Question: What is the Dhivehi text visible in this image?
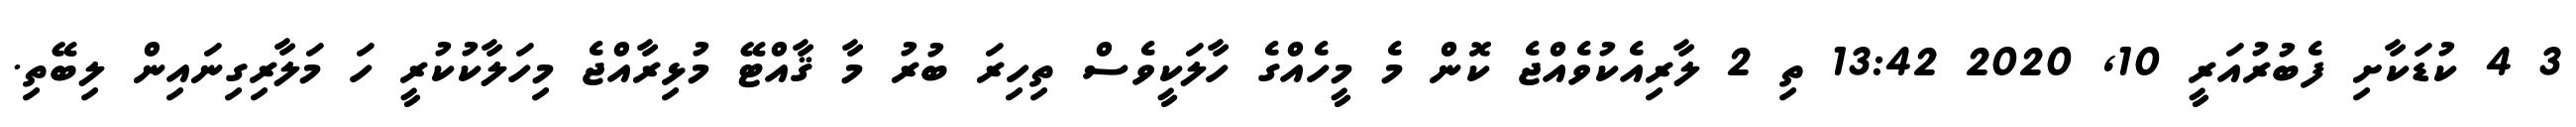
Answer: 3 4 ކުޑަކާށި ފެބުރުއަރީ 10, 2020 13:42 ތި 2 ލާރިއެކުވެއްޖެ ކޮން މެ މީހެއްގެ ހާލަކީވެސް ތިހިރަ ބުރު މާ ޤާއްޓޭ މުޅިރާއްޖެ މިހަލާކުކުރީ ހަ މަލާރިގިނައިން ލިބޭތި.